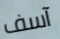
آسف